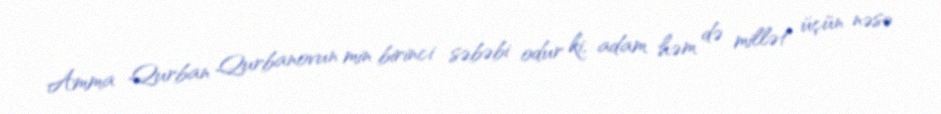
Amma Qurban Qurbanovun min birinci səbəbi odur ki, adam həm də millət üçün nəsə